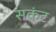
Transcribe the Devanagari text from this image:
सकंट